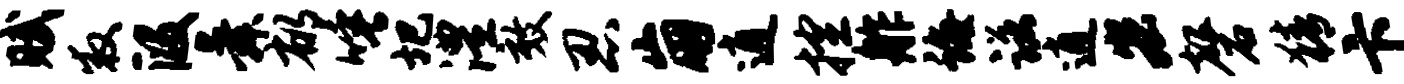
赋救段舜郁唾圯澧效忍崩逍控舴诲诺逍宏磬猜卞